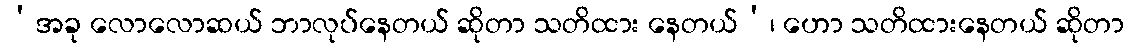
‘အခု လောလောဆယ် ဘာလုပ်နေတယ် ဆိုတာ သတိထား နေတယ်’၊ ဟော သတိထားနေတယ် ဆိုတာ